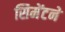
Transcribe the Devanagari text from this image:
सिमेंटने